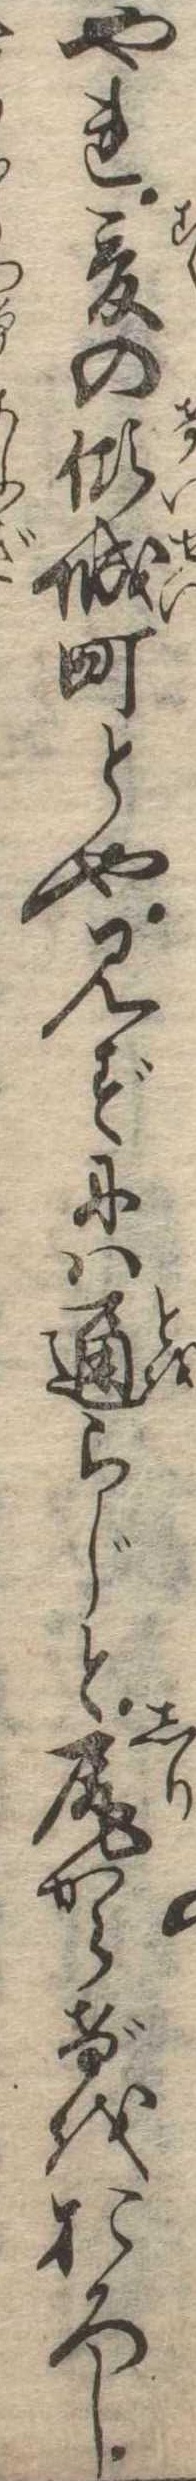
やれ爰の傾城町とや見ずには通らじと尻からげをおろし